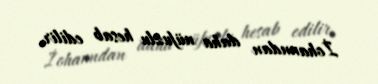
İohanndan daha nüfuzlu hesab edilir.